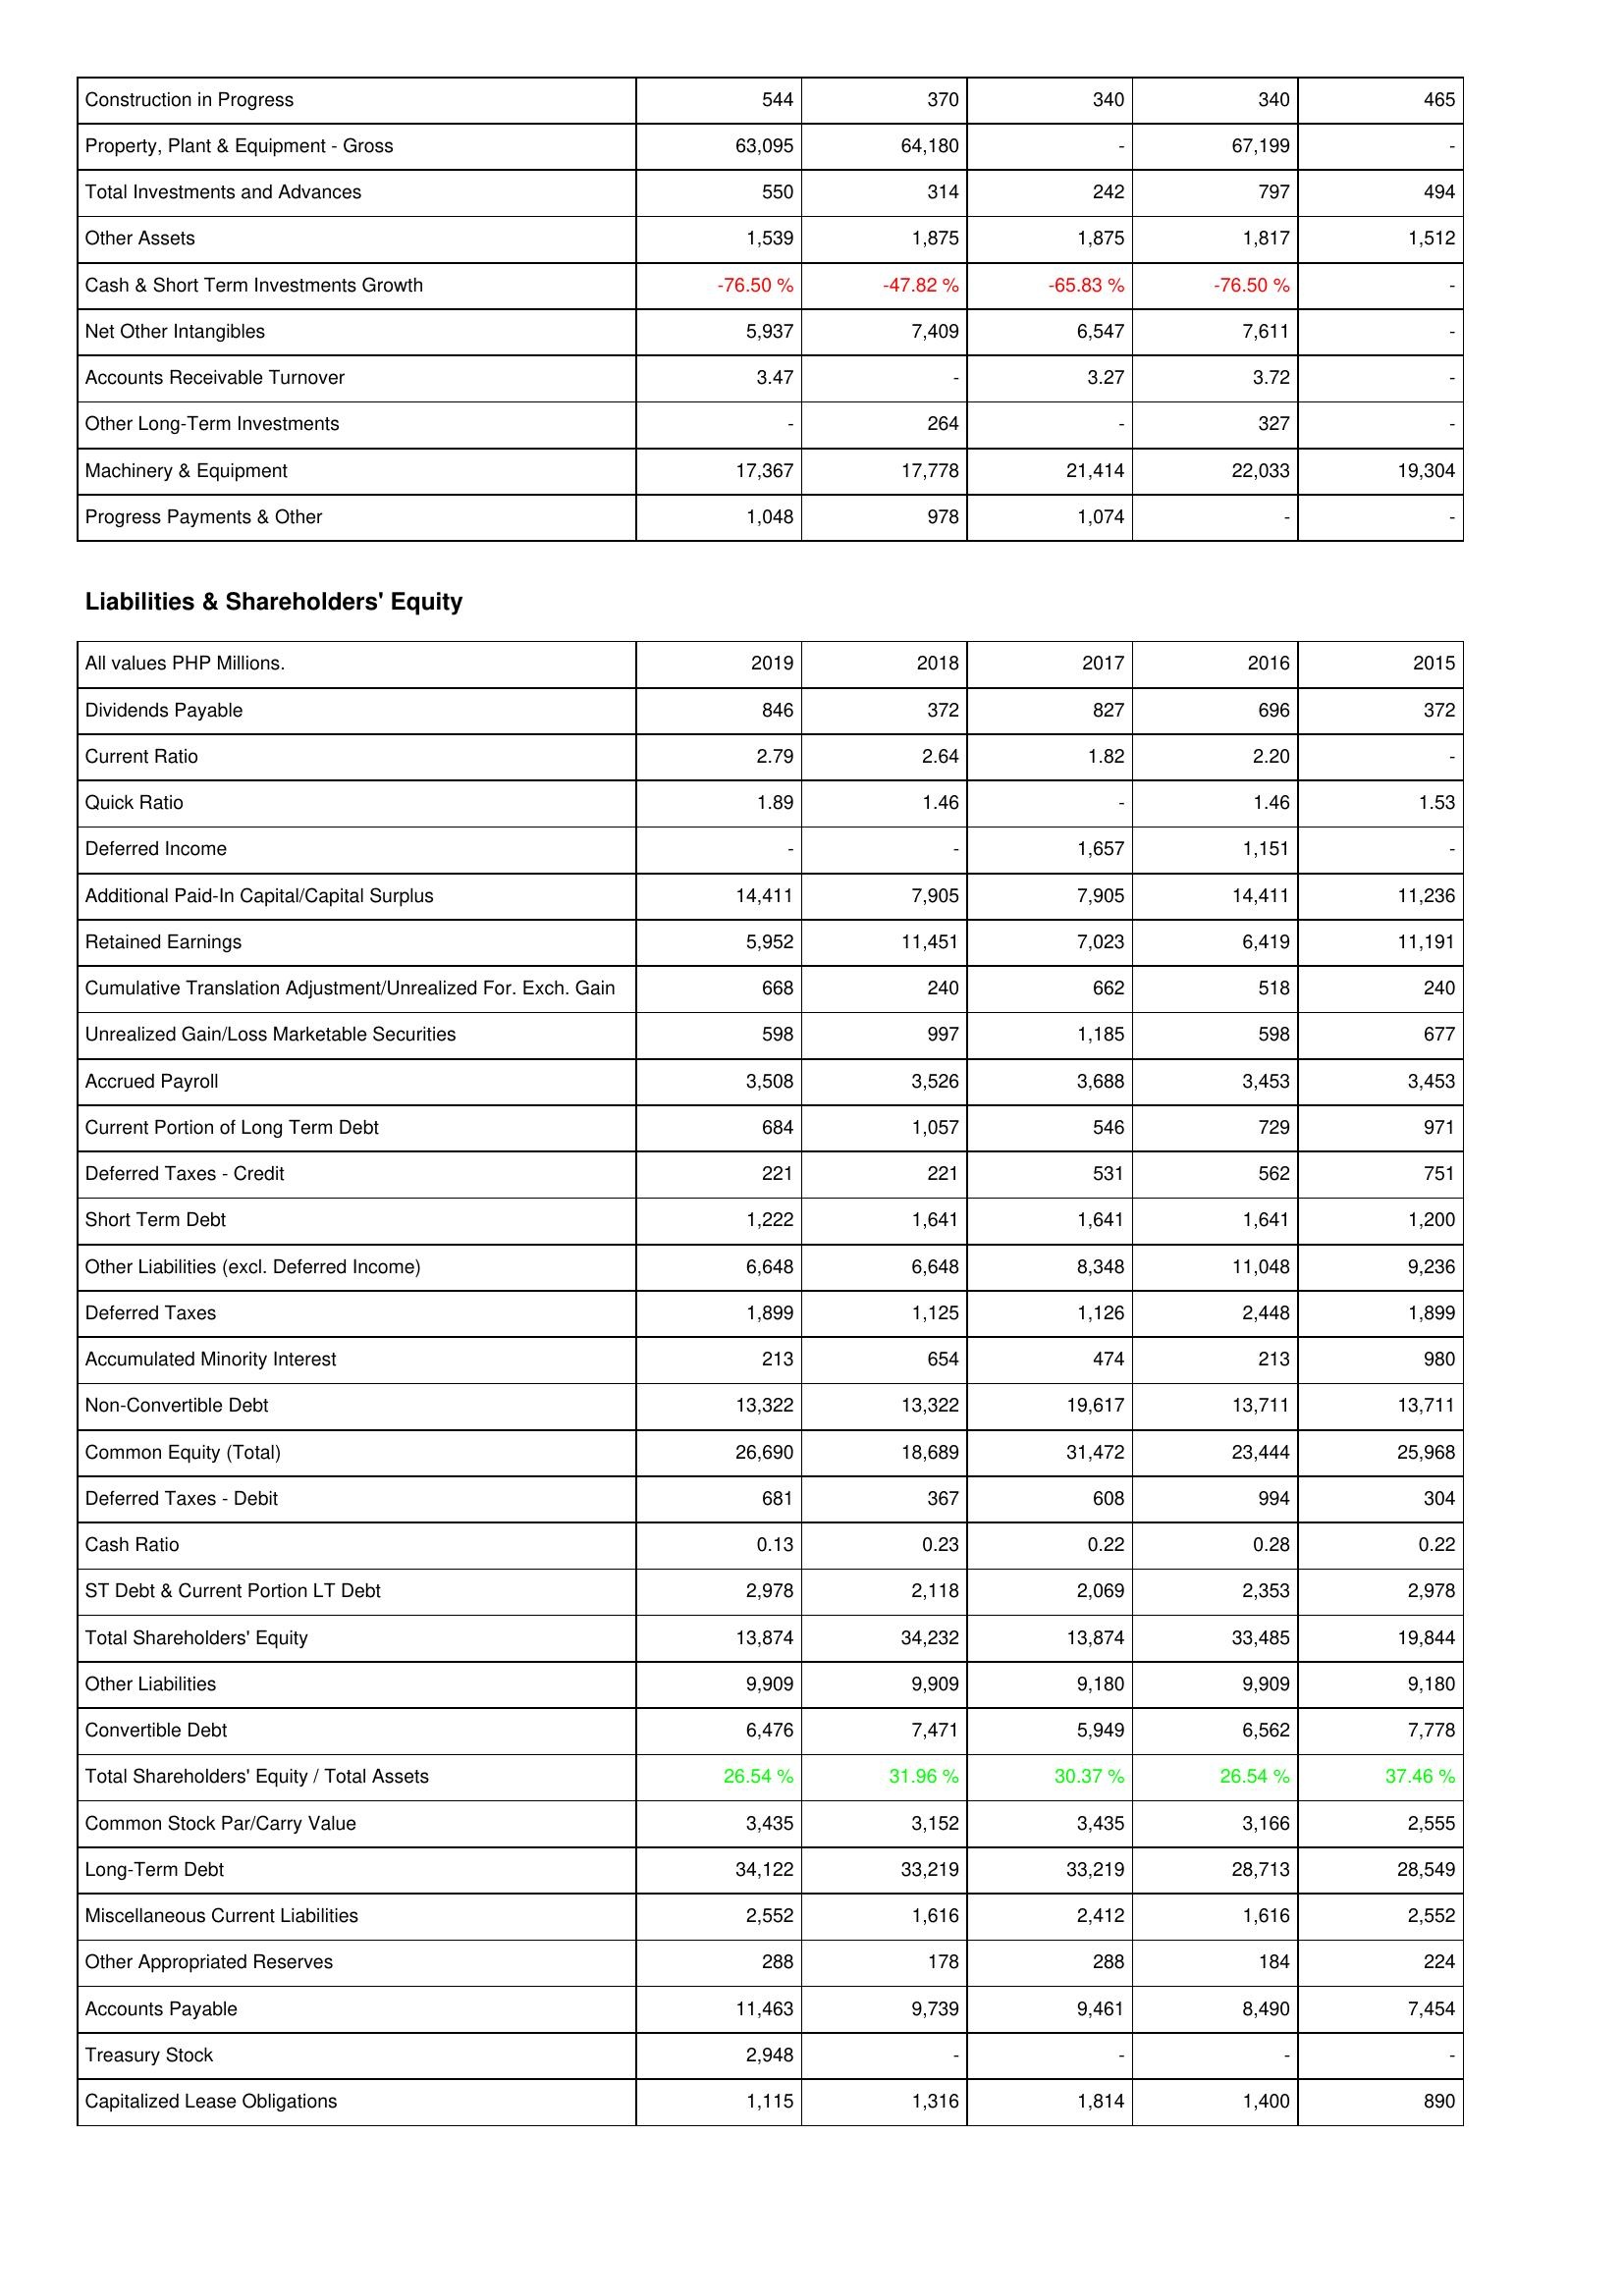
2019: Assets: Construction in Progress: 544
Property, Plant & Equipment - Gross: 63,095
Total Investments and Advances: 550
Other Assets: 1,539
Cash & Short Term Investments Growth: -76.50 %
Net Other Intangibles: 5,937
Accounts Receivable Turnover: 3.47
Other Long-Term Investments: -
Machinery & Equipment: 17,367
Progress Payments & Other: 1,048
Liabilities & Shareholders' Equity: Dividends Payable: 846
Current Ratio: 2.79
Quick Ratio: 1.89
Deferred Income: -
Additional Paid-In Capital/Capital Surplus: 14,411
Retained Earnings: 5,952
Cumulative Translation Adjustment/Unrealized For. Exch. Gain: 668
Unrealized Gain/Loss Marketable Securities: 598
Accrued Payroll: 3,508
Current Portion of Long Term Debt: 684
Deferred Taxes - Credit: 221
Short Term Debt: 1,222
Other Liabilities (excl. Deferred Income): 6,648
Deferred Taxes: 1,899
Accumulated Minority Interest: 213
Non-Convertible Debt: 13,322
Common Equity (Total): 26,690
Deferred Taxes - Debit: 681
Cash Ratio: 0.13
ST Debt & Current Portion LT Debt: 2,978
Total Shareholders' Equity: 13,874
Other Liabilities: 9,909
Convertible Debt: 6,476
Total Shareholders' Equity / Total Assets: 26.54 %
Common Stock Par/Carry Value: 3,435
Long-Term Debt: 34,122
Miscellaneous Current Liabilities: 2,552
Other Appropriated Reserves: 288
Accounts Payable: 11,463
Treasury Stock: 2,948
Capitalized Lease Obligations: 1,115
2018: Assets: Construction in Progress: 370
Property, Plant & Equipment - Gross: 64,180
Total Investments and Advances: 314
Other Assets: 1,875
Cash & Short Term Investments Growth: -47.82 %
Net Other Intangibles: 7,409
Accounts Receivable Turnover: -
Other Long-Term Investments: 264
Machinery & Equipment: 17,778
Progress Payments & Other: 978
Liabilities & Shareholders' Equity: Dividends Payable: 372
Current Ratio: 2.64
Quick Ratio: 1.46
Deferred Income: -
Additional Paid-In Capital/Capital Surplus: 7,905
Retained Earnings: 11,451
Cumulative Translation Adjustment/Unrealized For. Exch. Gain: 240
Unrealized Gain/Loss Marketable Securities: 997
Accrued Payroll: 3,526
Current Portion of Long Term Debt: 1,057
Deferred Taxes - Credit: 221
Short Term Debt: 1,641
Other Liabilities (excl. Deferred Income): 6,648
Deferred Taxes: 1,125
Accumulated Minority Interest: 654
Non-Convertible Debt: 13,322
Common Equity (Total): 18,689
Deferred Taxes - Debit: 367
Cash Ratio: 0.23
ST Debt & Current Portion LT Debt: 2,118
Total Shareholders' Equity: 34,232
Other Liabilities: 9,909
Convertible Debt: 7,471
Total Shareholders' Equity / Total Assets: 31.96 %
Common Stock Par/Carry Value: 3,152
Long-Term Debt: 33,219
Miscellaneous Current Liabilities: 1,616
Other Appropriated Reserves: 178
Accounts Payable: 9,739
Treasury Stock: -
Capitalized Lease Obligations: 1,316
2017: Assets: Construction in Progress: 340
Property, Plant & Equipment - Gross: -
Total Investments and Advances: 242
Other Assets: 1,875
Cash & Short Term Investments Growth: -65.83 %
Net Other Intangibles: 6,547
Accounts Receivable Turnover: 3.27
Other Long-Term Investments: -
Machinery & Equipment: 21,414
Progress Payments & Other: 1,074
Liabilities & Shareholders' Equity: Dividends Payable: 827
Current Ratio: 1.82
Quick Ratio: -
Deferred Income: 1,657
Additional Paid-In Capital/Capital Surplus: 7,905
Retained Earnings: 7,023
Cumulative Translation Adjustment/Unrealized For. Exch. Gain: 662
Unrealized Gain/Loss Marketable Securities: 1,185
Accrued Payroll: 3,688
Current Portion of Long Term Debt: 546
Deferred Taxes - Credit: 531
Short Term Debt: 1,641
Other Liabilities (excl. Deferred Income): 8,348
Deferred Taxes: 1,126
Accumulated Minority Interest: 474
Non-Convertible Debt: 19,617
Common Equity (Total): 31,472
Deferred Taxes - Debit: 608
Cash Ratio: 0.22
ST Debt & Current Portion LT Debt: 2,069
Total Shareholders' Equity: 13,874
Other Liabilities: 9,180
Convertible Debt: 5,949
Total Shareholders' Equity / Total Assets: 30.37 %
Common Stock Par/Carry Value: 3,435
Long-Term Debt: 33,219
Miscellaneous Current Liabilities: 2,412
Other Appropriated Reserves: 288
Accounts Payable: 9,461
Treasury Stock: -
Capitalized Lease Obligations: 1,814
2016: Assets: Construction in Progress: 340
Property, Plant & Equipment - Gross: 67,199
Total Investments and Advances: 797
Other Assets: 1,817
Cash & Short Term Investments Growth: -76.50 %
Net Other Intangibles: 7,611
Accounts Receivable Turnover: 3.72
Other Long-Term Investments: 327
Machinery & Equipment: 22,033
Progress Payments & Other: -
Liabilities & Shareholders' Equity: Dividends Payable: 696
Current Ratio: 2.20
Quick Ratio: 1.46
Deferred Income: 1,151
Additional Paid-In Capital/Capital Surplus: 14,411
Retained Earnings: 6,419
Cumulative Translation Adjustment/Unrealized For. Exch. Gain: 518
Unrealized Gain/Loss Marketable Securities: 598
Accrued Payroll: 3,453
Current Portion of Long Term Debt: 729
Deferred Taxes - Credit: 562
Short Term Debt: 1,641
Other Liabilities (excl. Deferred Income): 11,048
Deferred Taxes: 2,448
Accumulated Minority Interest: 213
Non-Convertible Debt: 13,711
Common Equity (Total): 23,444
Deferred Taxes - Debit: 994
Cash Ratio: 0.28
ST Debt & Current Portion LT Debt: 2,353
Total Shareholders' Equity: 33,485
Other Liabilities: 9,909
Convertible Debt: 6,562
Total Shareholders' Equity / Total Assets: 26.54 %
Common Stock Par/Carry Value: 3,166
Long-Term Debt: 28,713
Miscellaneous Current Liabilities: 1,616
Other Appropriated Reserves: 184
Accounts Payable: 8,490
Treasury Stock: -
Capitalized Lease Obligations: 1,400
2015: Assets: Construction in Progress: 465
Property, Plant & Equipment - Gross: -
Total Investments and Advances: 494
Other Assets: 1,512
Cash & Short Term Investments Growth: -
Net Other Intangibles: -
Accounts Receivable Turnover: -
Other Long-Term Investments: -
Machinery & Equipment: 19,304
Progress Payments & Other: -
Liabilities & Shareholders' Equity: Dividends Payable: 372
Current Ratio: -
Quick Ratio: 1.53
Deferred Income: -
Additional Paid-In Capital/Capital Surplus: 11,236
Retained Earnings: 11,191
Cumulative Translation Adjustment/Unrealized For. Exch. Gain: 240
Unrealized Gain/Loss Marketable Securities: 677
Accrued Payroll: 3,453
Current Portion of Long Term Debt: 971
Deferred Taxes - Credit: 751
Short Term Debt: 1,200
Other Liabilities (excl. Deferred Income): 9,236
Deferred Taxes: 1,899
Accumulated Minority Interest: 980
Non-Convertible Debt: 13,711
Common Equity (Total): 25,968
Deferred Taxes - Debit: 304
Cash Ratio: 0.22
ST Debt & Current Portion LT Debt: 2,978
Total Shareholders' Equity: 19,844
Other Liabilities: 9,180
Convertible Debt: 7,778
Total Shareholders' Equity / Total Assets: 37.46 %
Common Stock Par/Carry Value: 2,555
Long-Term Debt: 28,549
Miscellaneous Current Liabilities: 2,552
Other Appropriated Reserves: 224
Accounts Payable: 7,454
Treasury Stock: -
Capitalized Lease Obligations: 890